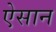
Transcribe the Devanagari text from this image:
ऐसान